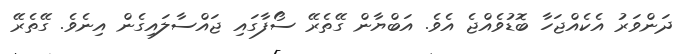
ދަންވަރު އެކެއްޖަހާ ބޮޑުވެއްޖެ އެވެ. އަބްޔާން ގޭތެރޭ ސޯފާގައި ޖައްސާލައިގެން އިނެވެ. ގޭތެރޭ